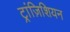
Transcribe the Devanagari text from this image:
ट्रांज़िशियन